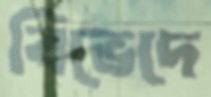
বিভেদে